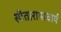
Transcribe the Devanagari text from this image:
सीतारामाचार्य